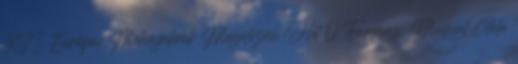
XII. Európai Méhnyakrák Megelőzési Hét 0 Farsangi Musical Gála